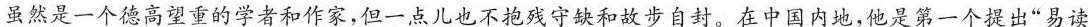
虽然是一个德高望重的学者和作家，但一点儿也不抱残守缺和故步自封。在中国内地，他是第一个提出”易读